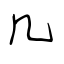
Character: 几